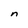
Character: n